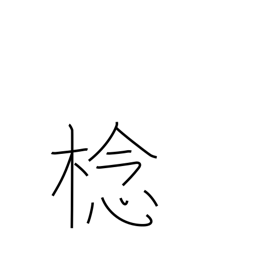
Meaning: type of fruit tree